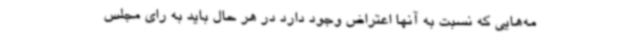
مه‌هایی که نسبت به آنها اعتراض وجود دارد در هر حال باید به رای مجلس